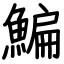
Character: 鯿